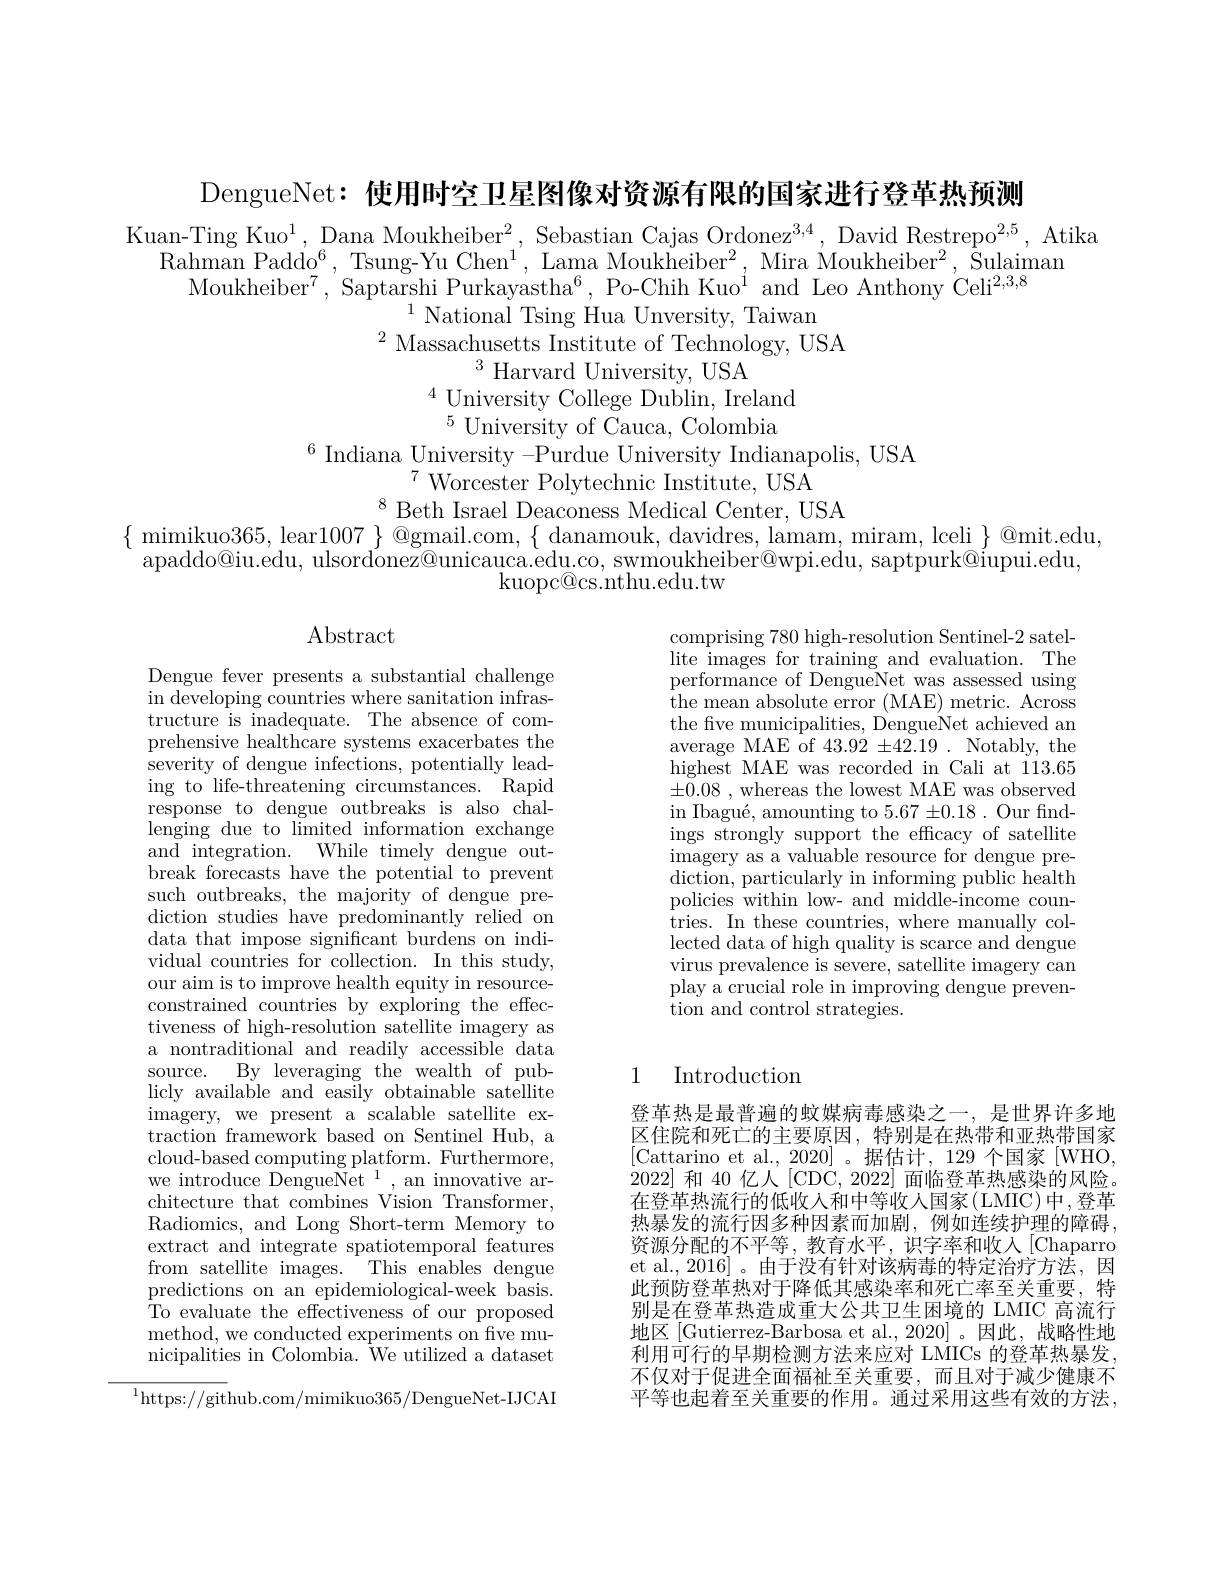
DengueNet: 使用时空卫星图像对资源有限的国家进行登革热预测

Kuan-Ting Kuo$^1$, Dana Moukheiber$^2$, Sebastian Cajas Ordonez$^3,4$, David Restrepo$^2$, Atika
Rahman Paddo$^6$,Tsung-Yu Chen$^1$,Lama Moukheiber$^2$,Mira Moukheiber$^2$, Sulaiman
Moukheiber$^7$,Saptarshi Purkayastha$^6$,Po-Chih Kuo$^1$and Leo Anthony Celi$^{2,3,8}$
$^{1}$ National Tsing Hua Unversity, Taiwan
$^{2}$ Massachusetts Institute of Technology, USA
$^{3}$ Harvard University, USA
$^{4}$University College Dublin, Ireland $^{5}$University of Cauca, Colombia
$^{6}$Indiana University -Purdue University Indianapolis, USA
$^{7}{\mathrm{~Worcester~Polytechnic~Institute,~USA}}$
$^{8}$Beth Israel Deaconess Medical Center, USA
$\{\begin{array}{c}\text{mimikuo365, lear1007}\end{array}\}\begin{array}{c}\text{@gmail.com,}\{\begin{array}{c}\text{danamouk, davidres, lamam, miram, lceli}\\\end{array}\}&\textcircled {Q}\text{mit.edu,}\\\end{array}$
apaddo@iu.edu, ulsordonez@unicauca.edu.co, swmoukheiber@wpi.edu, saptpurk@iupui.edu,
$\operatorname{kuopc@cs.nthu.edu.tw}$

## Abstract

comprising 780 high-resolution Sentinel-2 satellite images for training and evaluation. The performance of DengueNet was assessed using the mean absolute error (MAE) metric. Across the five municipalities, DengueNet achieved an average MAE of $43.92\pm42.19.$ Notably, the $\bar{\text{highest MAE was recorded in Cali at 113.65}}$ $\pm 0. 08$ ,whereas the lowest MAE was observed in Ibagué, amounting to $5.67\pm0.18.$ Our fndings strongly support the effcacy of satellite imagery as a valuable resource for dengue pre- $\operatorname*{diction,}$particularly in informing public health policies within low- and middle-income countries. In these countries, where manually collected data of high quality is scarce and dengue virus prevalence is severe, satellite imagery can play a crucial role in improving dengue prevention and control strategies.

Dengue fever presents a substantial challenge in developing countries where sanitation infrastructure is inadequate. The absence of comprehensive healthcare systems exacerbates the severity of dengue infections, potentially leading to life-threatening circumstances. Rapid response to dengue outbreaks is also challenging due to limited information exchange and integration. While timely dengue outbreak forecasts have the potential to prevent such outbreaks, the majority of dengue prediction studies have predominantly relied on data that impose significant burdens on individual countries for collection. In this study, our aim is to improve health equity in resourceconstrained countries by exploring the effectiveness of high-resolution satellite imagery as a nontraditional and readily accessible data source. By leveraging the wealth of publicly available and easily obtainable satellite imagery, we present a scalable satellite extraction framework based on Sentinel Hub, a cloud-based computing platform. Furthermore, we introduce DengueNet $^1$,an innovative architecture that combines Vision Transformer, Radiomics, and Long Short-term Memory to extract and integrate spatiotemporal features from satellite images. This enables dengue predictions on an epidemiological-week basis. $\bar{\text{To evaluate the effectiveness of our proposed}}$ method, we conducted experiments on five municipalities in Colombia. We utilized a dataset $^{1}$https://github.com/mimikuo365/DengueNet-IJCAI

## 1 Introduction

登革热是最普遍的蚊媒病毒感染之一，是世界许多地区住院和死亡的主要原因，特别是在热带和亚热带国家[Cattarino et al., 2020]。据估计，129个国家[WHO, 2022]和 40 亿人[CDC, 2022] 面临登革热感染的风险。在登革热流行的低收入和中等收入国家(LMIC)中，登革热暴发的流行因多种因素而加剧，例如连续护理的障碍， 资源分配的不平等，教育水平，识字率和收入[Chaparro et al., 2016] 。由于没有针对该病毒的特定治疗方法，因此预防登革热对于降低其感染率和死亡率至关重要，特别是在登革热造成重大公共卫生困境的 LMIC 高流行地区[Gutierrez-Barbosa et al.,2020]。因此，战略性地利用可行的早期检测方法来应对 LMICs 的登革热暴发不仅对于促进全面福祉至关重要，而且对于减少健康不平等也起着至关重要的作用。通过采用这些有效的方法，